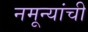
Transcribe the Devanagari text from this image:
नमून्यांची